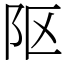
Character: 𨸟